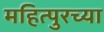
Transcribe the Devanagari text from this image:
महित्पुरच्या